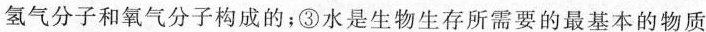
氢气分子和氧气分子构成的；③水是生物生存所需要的最基本的物质